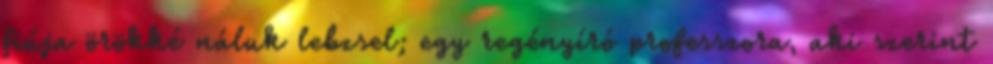
fiúja örökké náluk lebzsel; egy regényíró professzora, aki szerint